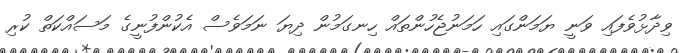
ވިދާޅުވެފައި ވަނީ ޔަމަންގައި ހަމަނުޖެހުންތައް ހިނގަމުން ދިޔަ ނަމަވެސް އެކުންފުނީގެ މަސައްކަތް ކުރި